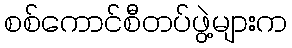
စစ်ကောင်စီတပ်ဖွဲ့များက